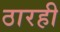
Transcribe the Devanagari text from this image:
ठारही